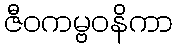
ဇီဝကမ္ဗဝနိကာ